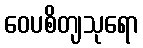
ဝေပစိတျသုရော